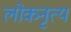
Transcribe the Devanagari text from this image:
लोकनृत्‍य